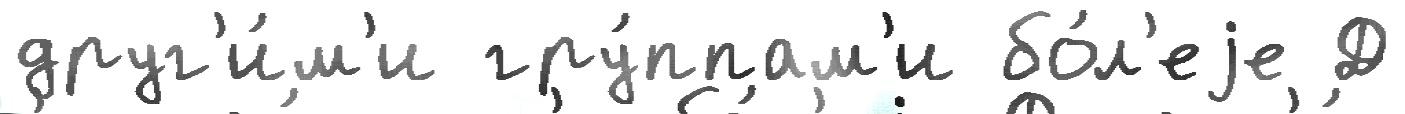
друг'и́м'и гру́ппам'и бо́л'еjе Д